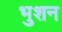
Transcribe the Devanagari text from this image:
भुशन